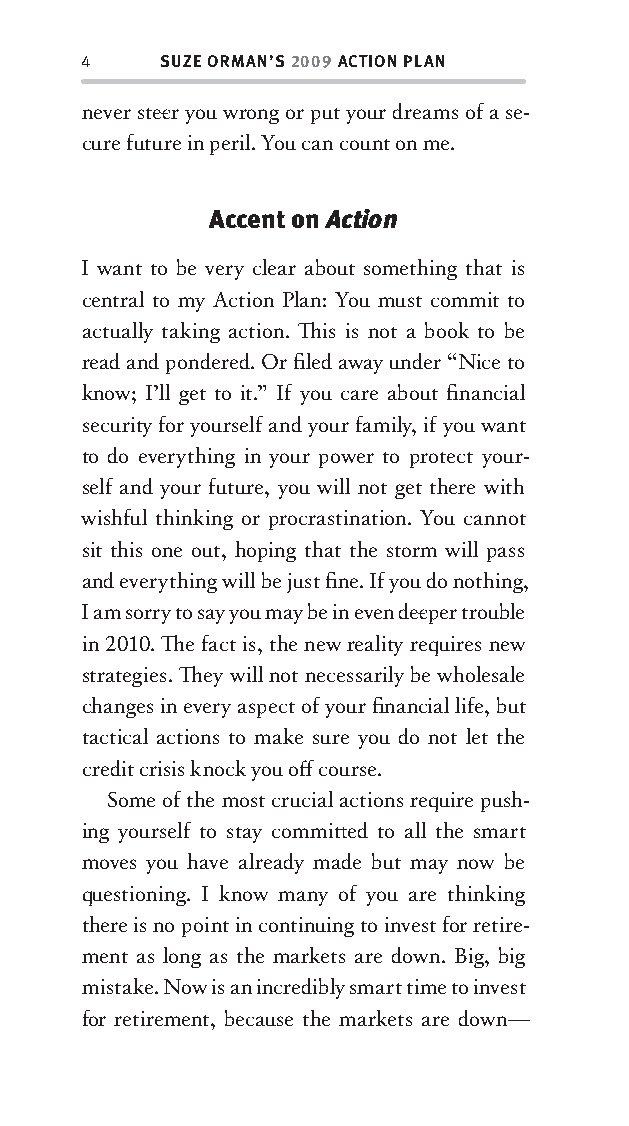
4    SUZE ORMAN’S 2009 ACTION PLAN
 never stee r you wrong or put your dreams of a se-
 cure future in peril. You can count on me.
 Accent on Action
 I want to be very clear about something that is
 central to my Action Plan: You must commit to
 actually taking action. Th is is not a book to be
 read and pondered. Or fi led away under “Nice to
 know; I’ll get to it.” If you care about fi nancial
 security for yourself and your family, if you want
 to do everything in your power to protect your-
 self and your future, you will not get there with
 wishful thinking or procrastination. You cannot
 sit this one out, hoping that the storm will pass
 and everything will be just fi ne. If you do nothing,
 I am sorry to say you may be in even dee per trouble
 in 2010. Th e fact is, the new reality requires new
 strategies. Th ey will not necessarily be wholesale
 changes in every aspect of your fi nancial life, but
 tactical actions to make sure you do not let the
 credit crisis knock you off course.
 Some of the most crucial actions require push-
 ing yourself to stay committ ed to all the smart
 moves you have already made but may now be
 questioning. I know many of you are thinking
 there is no point in continuing to invest for retire-
 ment as long as the markets are down. Big, big
 mistake. Now is an incredibly smart time to invest
 for retirement, because the markets are down—
 OOrrmmaa__99778800338855553300993344__44pp__aallll__rr11..iinndddd 44 1122//33//0088 99::3300::5577 AAMM